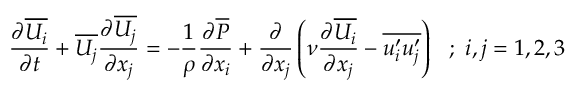
{ \frac { \partial \overline { { U _ { i } } } } { \partial t } } + \overline { { U _ { j } } } { \frac { \partial \overline { { U _ { j } } } } { \partial x _ { j } } } = - { \frac { 1 } { \rho } } { \frac { \partial \overline { { P } } } { \partial x _ { i } } } + { \frac { \partial } { \partial x _ { j } } } \left( \nu { \frac { \partial \overline { { U _ { i } } } } { \partial x _ { j } } } - \overline { { u _ { i } ^ { \prime } u _ { j } ^ { \prime } } } \right) ~ ~ ; ~ i , j = 1 , 2 , 3